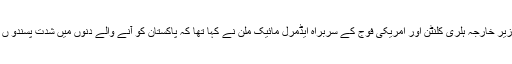
گزشتہ ہفتے اسلام آباد کے دوروں کے موقع پر امریکی وزیر خارجہ ہلری کلنٹن اور امریکی فوج کے سربراہ ایڈمرل مائیک ملن نے کہا تھا کہ پاکستان کو آنے والے دنوں میں شدت پسندو ں کے خلاف فیصلہ کن اور ہنگامی اقدامات کرنے ہوں گے۔